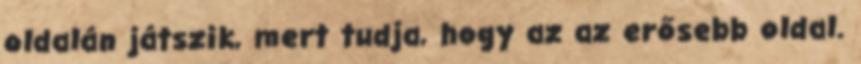
oldalán játszik, mert tudja, hogy az az erősebb oldal.